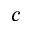
c